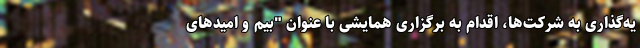
یه‌گذاری به شرکت‌ها، اقدام به برگزاری همایشی با عنوان "بیم و امیدهای